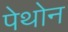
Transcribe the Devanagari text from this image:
पेथोन